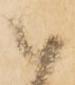
被